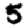
Digit: 5